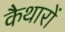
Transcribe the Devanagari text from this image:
कैथारों